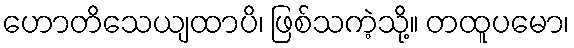
ဟောတိသေယျထာပိ၊ ဖြစ်သကဲ့သို့။ တထူပမော၊